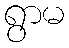
ရွာမ